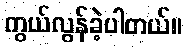
ကွယ်လွန်ခဲ့ပါတယ်။